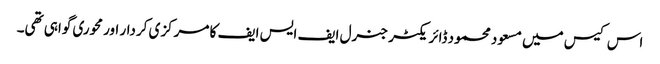
اس کیس میں مسعود محمود ڈائر یکٹر جنرل ایف ایس ایف کا مرکزی کردار اور محوری گواہی تھی۔